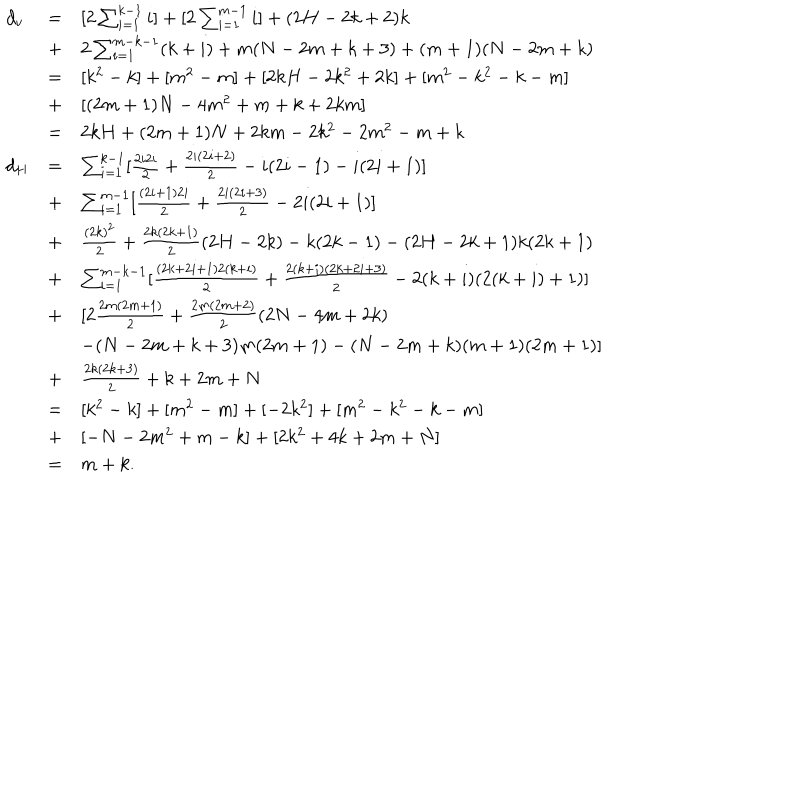
\begin{array} { l l l } { { d _ { v } } } & { { = } } & { { [ 2 \sum _ { i = 1 } ^ { k - 1 } i ] + [ 2 \sum _ { i = 1 } ^ { m - 1 } i ] + ( 2 H - 2 k + 2 ) k } } \\ { { } } & { { + } } & { { 2 \sum _ { i = 1 } ^ { m - k - 1 } ( k + i ) + m ( N - 2 m + k + 3 ) + ( m + 1 ) ( N - 2 m + k ) } } \\ { { } } & { { = } } & { { [ k ^ { 2 } - k ] + [ m ^ { 2 } - m ] + [ 2 k H - 2 k ^ { 2 } + 2 k ] + [ m ^ { 2 } - k ^ { 2 } - k - m ] } } \\ { { } } & { { + } } & { { [ ( 2 m + 1 ) N - 4 m ^ { 2 } + m + k + 2 k m ] } } \\ { { } } & { { = } } & { { 2 k H + ( 2 m + 1 ) N + 2 k m - 2 k ^ { 2 } - 2 m ^ { 2 } - m + k } } \\ { { d _ { H } } } & { { = } } & { { \sum _ { i = 1 } ^ { k - 1 } [ \frac { 2 i 2 i } { 2 } + \frac { 2 i ( 2 i + 2 ) } { 2 } - i ( 2 i - 1 ) - i ( 2 i + 1 ) ] } } \\ { { } } & { { + } } & { { \sum _ { i = 1 } ^ { m - 1 } [ \frac { ( 2 i + 1 ) 2 i } { 2 } + \frac { 2 i ( 2 i + 3 ) } { 2 } - 2 i ( 2 i + 1 ) ] } } \\ { { } } & { { + } } & { { \frac { ( 2 k ) ^ { 2 } } { 2 } + \frac { 2 k ( 2 k + 1 ) } { 2 } ( 2 H - 2 k ) - k ( 2 k - 1 ) - ( 2 H - 2 k + 1 ) k ( 2 k + 1 ) } } \\ { { } } & { { + } } & { { \sum _ { i = 1 } ^ { m - k - 1 } [ \frac { ( 2 k + 2 i + 1 ) 2 ( k + i ) } { 2 } + \frac { 2 ( k + i ) ( 2 k + 2 i + 3 ) } { 2 } - 2 ( k + i ) ( 2 ( k + i ) + 1 ) ] } } \\ { { } } & { { + } } & { { [ 2 \frac { 2 m ( 2 m + 1 ) } { 2 } + \frac { 2 m ( 2 m + 2 ) } { 2 } ( 2 N - 4 m + 2 k ) } } \\ { { } } & { { } } & { { - ( N - 2 m + k + 3 ) m ( 2 m + 1 ) - ( N - 2 m + k ) ( m + 1 ) ( 2 m + 1 ) ] } } \\ { { } } & { { + } } & { { \frac { 2 k ( 2 k + 3 ) } { 2 } + k + 2 m + N } } \\ { { } } & { { = } } & { { [ k ^ { 2 } - k ] + [ m ^ { 2 } - m ] + [ - 2 k ^ { 2 } ] + [ m ^ { 2 } - k ^ { 2 } - k - m ] } } \\ { { } } & { { + } } & { { [ - N - 2 m ^ { 2 } + m - k ] + [ 2 k ^ { 2 } + 4 k + 2 m + N ] } } \\ { { } } & { { = } } & { { m + k . } } \\ \end{array}